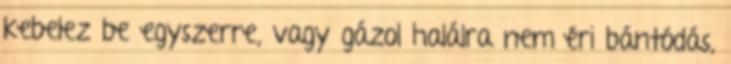
kebelez be egyszerre, vagy gázol halálra nem éri bántódás,